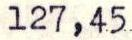
127,45